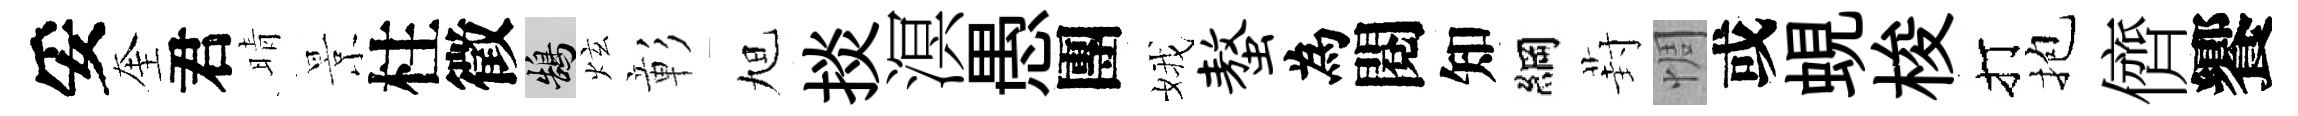
妥奎君晴景柱徵鵠炫彰旭掞溟愚團娥螯為閱知綱葑惆或蜆梭打抱儕饗